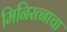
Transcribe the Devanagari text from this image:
मिनिरत्नाचा